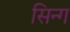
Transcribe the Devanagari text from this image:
सिन्ग